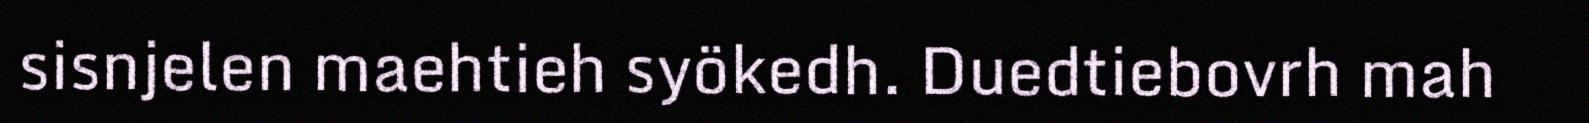
sisnjelen maehtieh syökedh. Duedtiebovrh mah